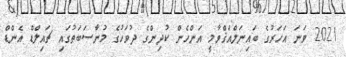
2021 ވަނަ އަހަރުގެ ބައިނަލްއަޤްވާމީ އަންހެން ކުދިންގެ ދުވަހުގެ މުނާސަބަތުގައި ޗައިލްޑް އެންޑް